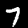
Digit: 7